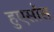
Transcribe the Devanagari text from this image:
हुएसॉस